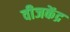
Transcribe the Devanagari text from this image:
वीजकेंद्र